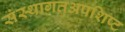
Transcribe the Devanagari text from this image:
संस्थागतअपशिष्ट